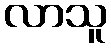
လာသူ